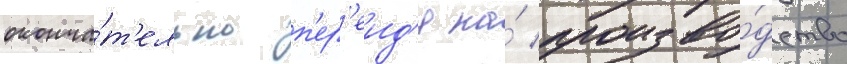
оконча́т'ельно п'ер'еид'я на́ произво́дство